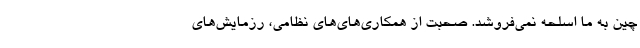
چین به ما اسلحه نمی‌فروشد. صحبت از همکاری‌های‌های نظامی، رزمایش‌های